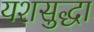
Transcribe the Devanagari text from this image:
यशसुद्धा